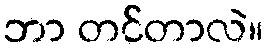
ဘာ တင်တာလဲ။